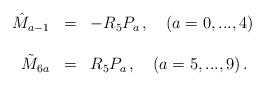
LaTeX: \begin{align*}\begin{array}{rcl} \hat{M}_{a-1}&=&-R_5P_a\, , \ \ \ (a=0,...,4) \\ \\ \tilde{M}_{6a}&=&R_5P_a\, , \ \ \ (a=5,...,9)\, . \end{array}\end{align*}